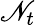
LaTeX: \mathscr{N}_{t}